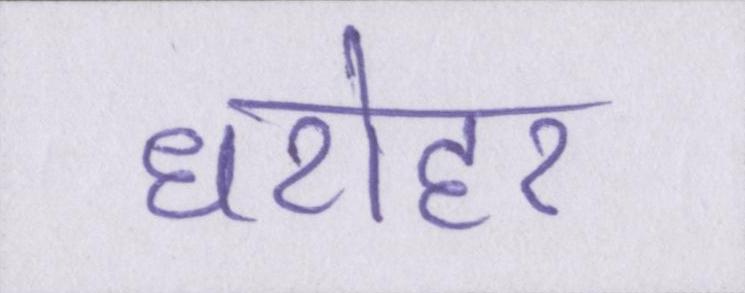
धरोहर